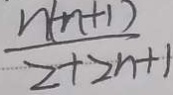
\frac { n ( n + 1 ) } { 2 + 2 n + 1 }